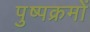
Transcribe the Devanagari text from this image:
पुष्पक्रमों